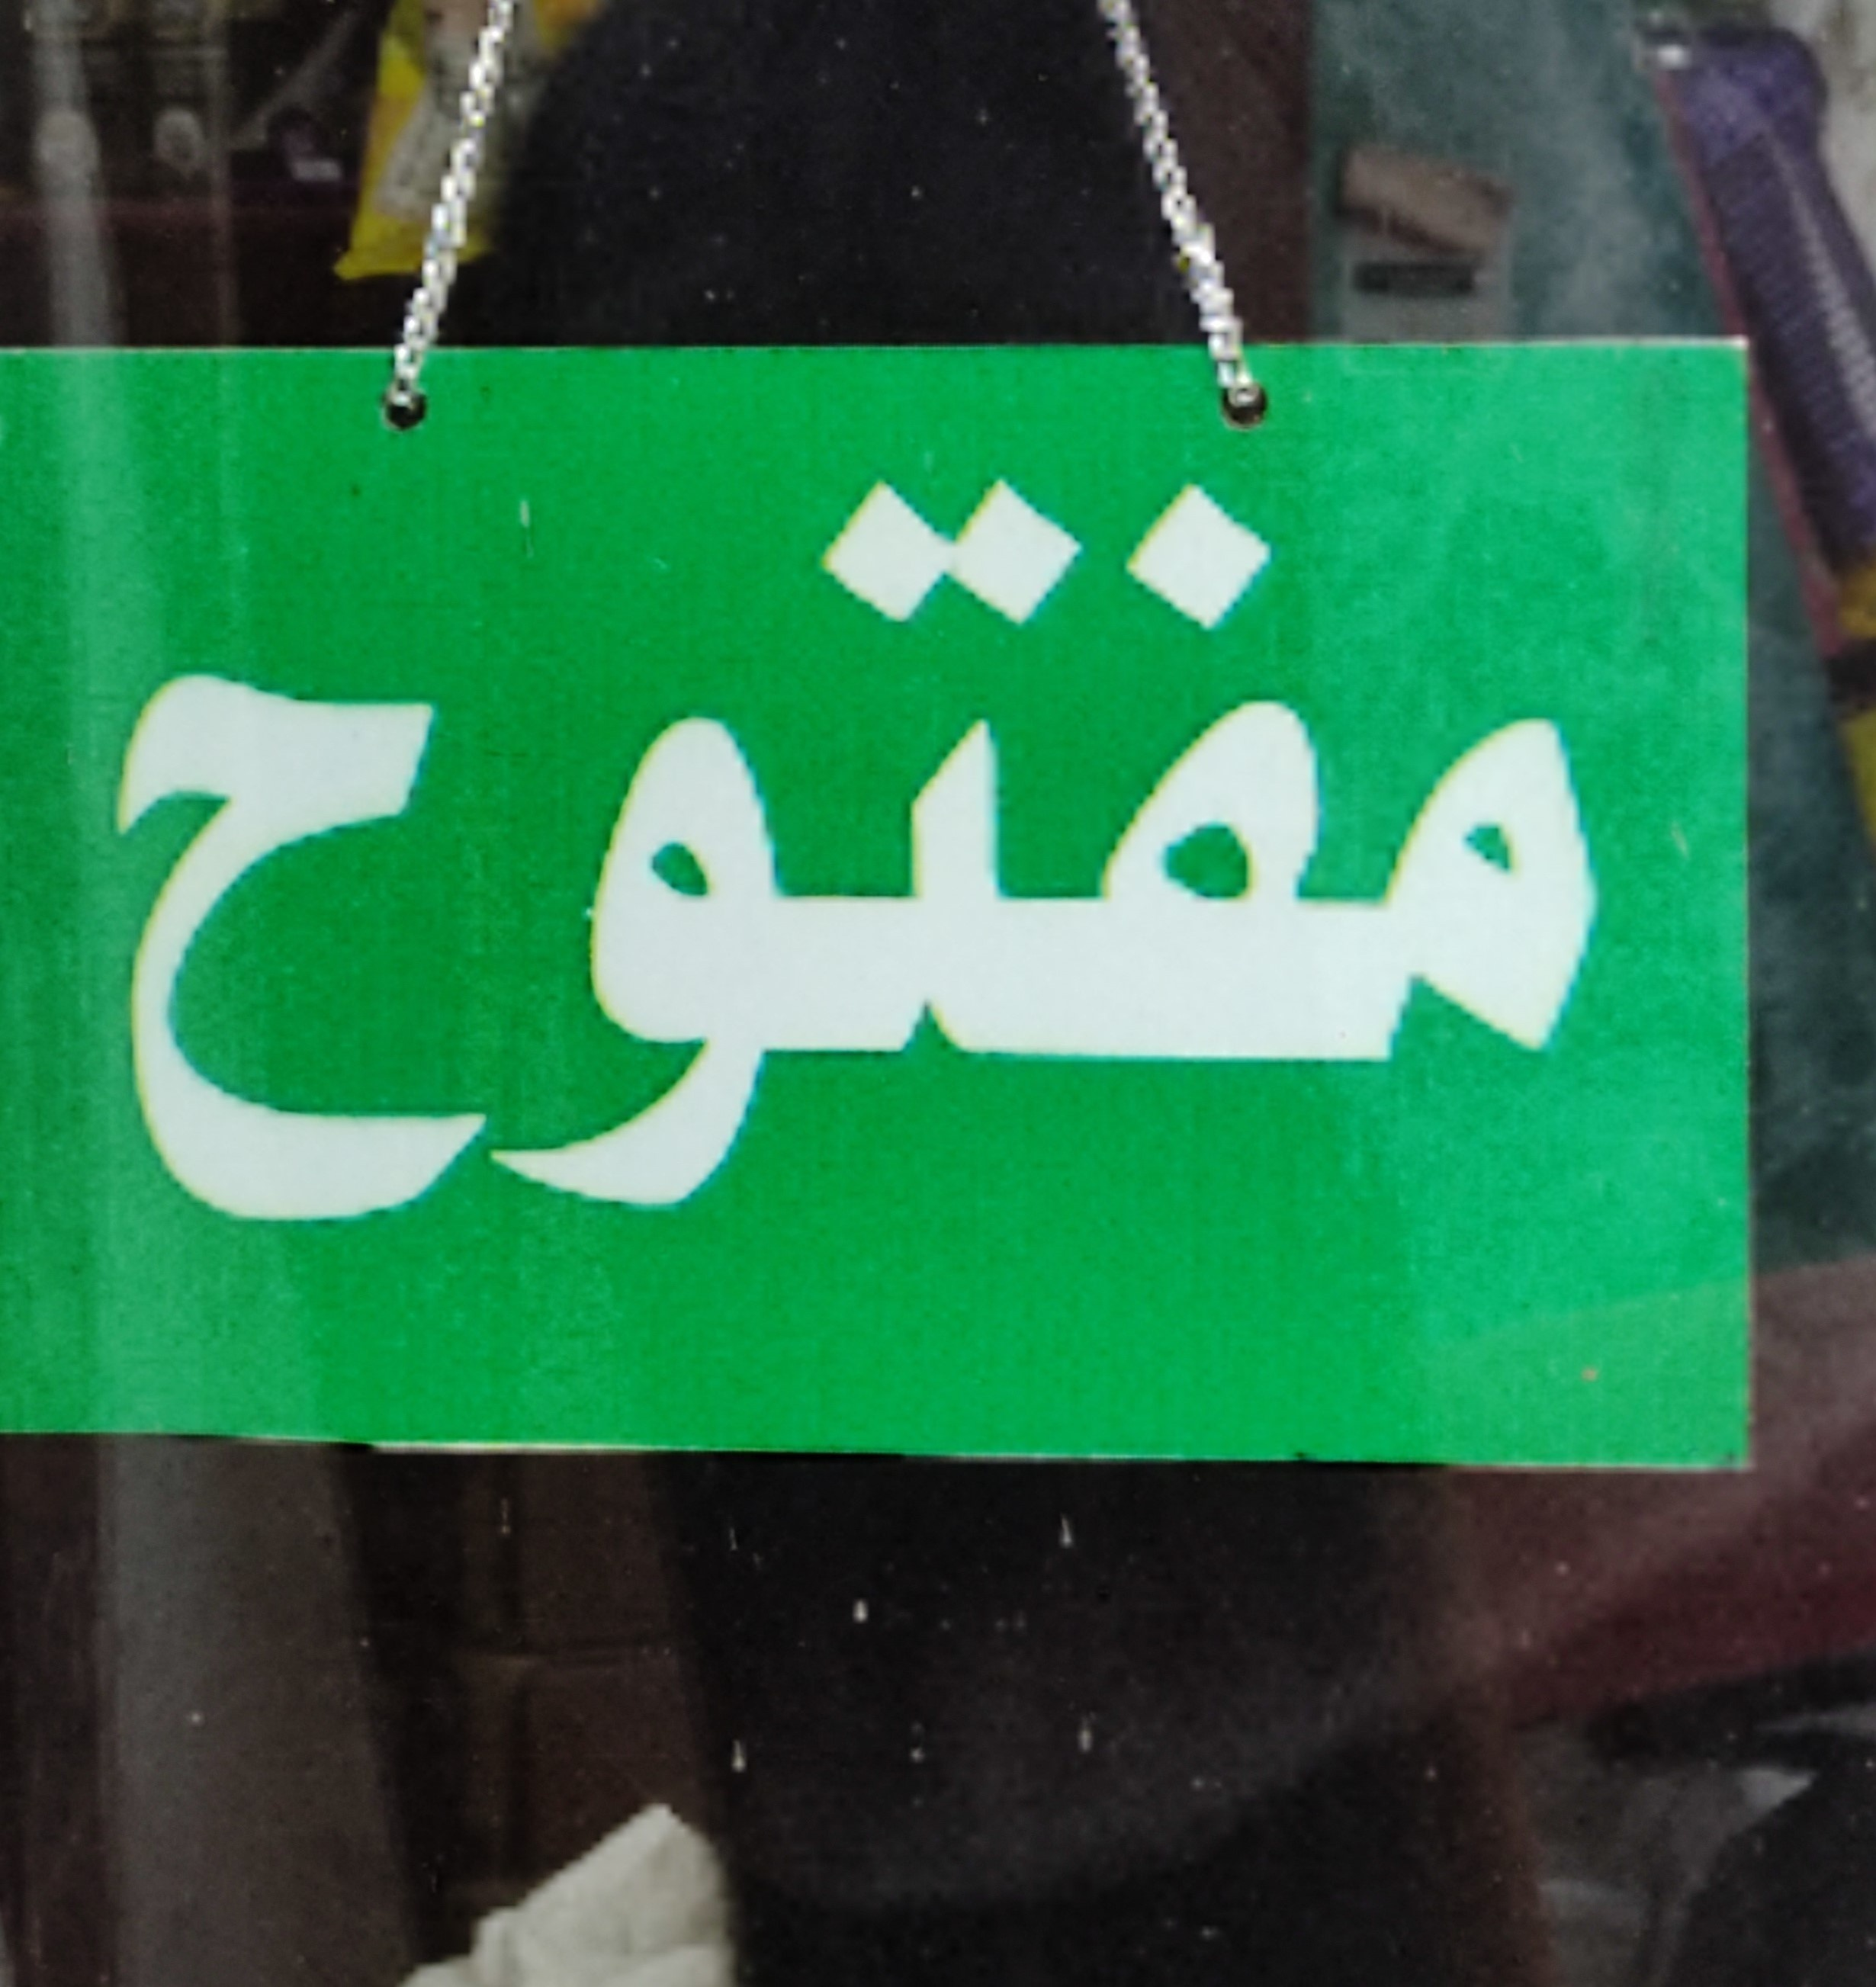
Text in image: مفتوح